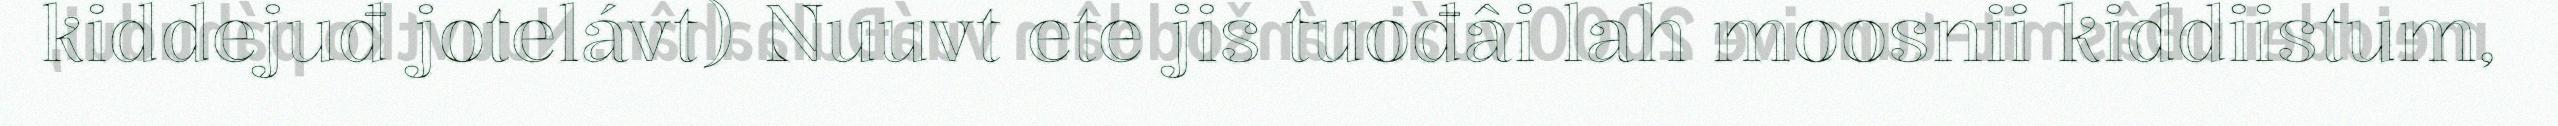
kiddejuđ jotelávt) Nuuvt ete jis tuođâi lah moosnii kiddiistum,